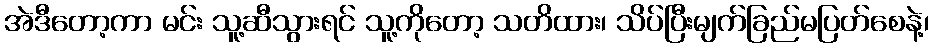
အဲဒီတော့ကာ မင်း သူ့ဆီသွားရင် သူ့ကိုတော့ သတိထား၊ သိပ်ပြီးမျက်ခြည်မပြတ်စေနဲ့၊